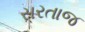
સરતાજ